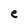
Character: e